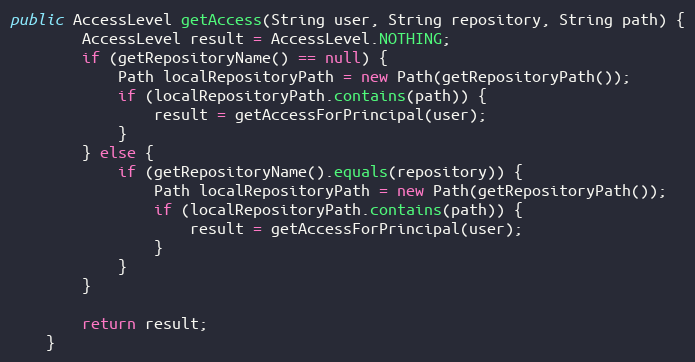
Language: Java
public AccessLevel getAccess(String user, String repository, String path) {
        AccessLevel result = AccessLevel.NOTHING;
        if (getRepositoryName() == null) {
            Path localRepositoryPath = new Path(getRepositoryPath());
            if (localRepositoryPath.contains(path)) {
                result = getAccessForPrincipal(user);
            }
        } else {
            if (getRepositoryName().equals(repository)) {
                Path localRepositoryPath = new Path(getRepositoryPath());
                if (localRepositoryPath.contains(path)) {
                    result = getAccessForPrincipal(user);
                }
            }
        }

        return result;
    }